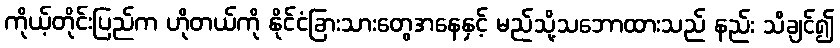
ကိုယ့်တိုင်းပြည်က ဟိုတယ်ကို နိုင်ငံခြားသားတွေအနေနှင့် မည်သို့သဘောထားသည် နည်း သိချင်၍